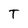
Character: T